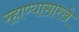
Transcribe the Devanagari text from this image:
रहाण्यासारखे